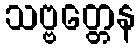
သဗ္ဗတ္တေန